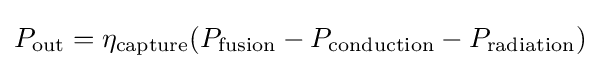
P_{\text{out}}=\eta _{\text{capture}}(P_{\text{fusion}}-P_{\text{conduction}}-P_{\text{radiation}})